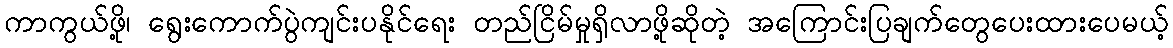
ကာကွယ်ဖို့၊ ရွေးကောက်ပွဲကျင်းပနိုင်ရေး တည်ငြိမ်မှုရှိလာဖို့ဆိုတဲ့ အကြောင်းပြချက်တွေပေးထားပေမယ့်